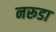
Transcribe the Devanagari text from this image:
नरूडा